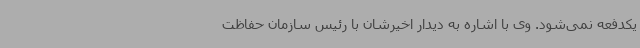
یکدفعه نمی‌شود. وی با اشاره به دیدار اخیرشان با رئیس سازمان حفاظت